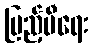
ပြည့်မီရေး